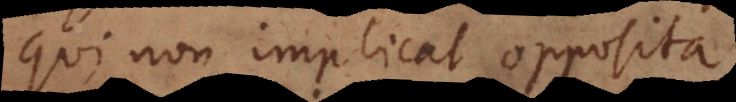
qui non implicat opposita.